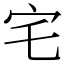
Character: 宅